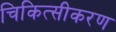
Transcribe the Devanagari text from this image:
चिकित्सीकरण